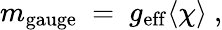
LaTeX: m_{\mathrm{gauge}}~=~g_{\mathrm{eff}}\langle\chi\rangle~,